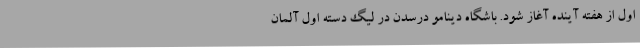
اول از هفته آینده آغاز شود. باشگاه دینامو درسدن در لیگ دسته اول آلمان